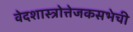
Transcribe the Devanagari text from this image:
वेदशास्त्रोत्तेजकसभेची